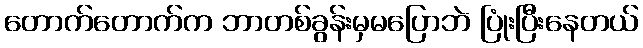
တောက်တောက်က ဘာတစ်ခွန်းမှမပြောဘဲ ပြုံးပြီးနေတယ်